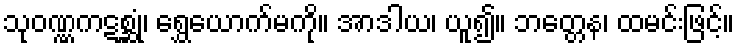
သုဝဏ္ဏကဋစ္ဆုံ၊ ရွှေယောက်မကို။ အာဒါယ၊ ယူ၍။ ဘတ္တေန၊ ထမင်းဖြင့်။